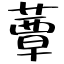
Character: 蕈